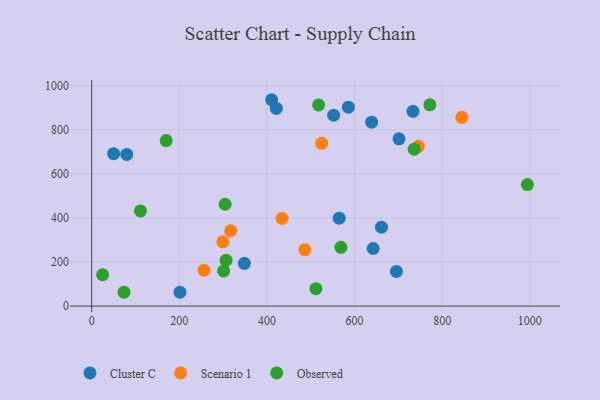
{"axis": {"x": "Engine Size", "y": "Yield"}, "legend": ["Cluster C", "Observed", "Scenario 1"], "data": [{"x": "639.0", "y": 834.3, "type": "Cluster C"}, {"x": "348.6", "y": 194.0, "type": "Cluster C"}, {"x": "552.2", "y": 865.6, "type": "Cluster C"}, {"x": "585.9", "y": 902.2, "type": "Cluster C"}, {"x": "564.9", "y": 398.7, "type": "Cluster C"}, {"x": "733.3", "y": 883.6, "type": "Cluster C"}, {"x": "421.5", "y": 896.7, "type": "Cluster C"}, {"x": "201.5", "y": 62.8, "type": "Cluster C"}, {"x": "410.8", "y": 936.1, "type": "Cluster C"}, {"x": "50.1", "y": 691.6, "type": "Cluster C"}, {"x": "695.6", "y": 157.2, "type": "Cluster C"}, {"x": "642.4", "y": 261.3, "type": "Cluster C"}, {"x": "80.0", "y": 688.0, "type": "Cluster C"}, {"x": "701.4", "y": 758.7, "type": "Cluster C"}, {"x": "661.5", "y": 357.9, "type": "Cluster C"}, {"x": "317.3", "y": 342.0, "type": "Scenario 1"}, {"x": "844.8", "y": 856.2, "type": "Scenario 1"}, {"x": "299.4", "y": 291.8, "type": "Scenario 1"}, {"x": "524.8", "y": 738.5, "type": "Scenario 1"}, {"x": "434.7", "y": 397.7, "type": "Scenario 1"}, {"x": "256.4", "y": 163.1, "type": "Scenario 1"}, {"x": "486.5", "y": 255.9, "type": "Scenario 1"}, {"x": "745.6", "y": 724.6, "type": "Scenario 1"}, {"x": "111.3", "y": 431.8, "type": "Observed"}, {"x": "517.9", "y": 912.6, "type": "Observed"}, {"x": "568.8", "y": 266.5, "type": "Observed"}, {"x": "301.2", "y": 159.6, "type": "Observed"}, {"x": "736.1", "y": 712.0, "type": "Observed"}, {"x": "511.8", "y": 79.3, "type": "Observed"}, {"x": "170.0", "y": 751.0, "type": "Observed"}, {"x": "994.4", "y": 551.3, "type": "Observed"}, {"x": "25.0", "y": 142.2, "type": "Observed"}, {"x": "73.8", "y": 63.3, "type": "Observed"}, {"x": "306.8", "y": 208.1, "type": "Observed"}, {"x": "304.6", "y": 462.0, "type": "Observed"}, {"x": "771.9", "y": 912.8, "type": "Observed"}]}